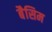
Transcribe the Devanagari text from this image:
बैसिम